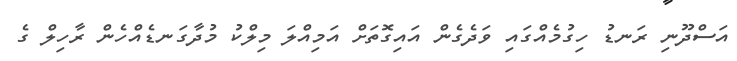
އަސްދޫނި ރަނޑު ހިގުމެއްގައި ވަދެގެން އައިގޮތަށް އަމިއްލަ މިލްކު މުދާގަނޑެއްހެން ރާހިލް ގެ